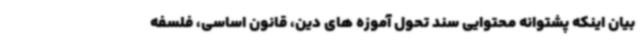
بیان اینکه پشتوانه محتوایی سند تحول آموزه های دین، قانون اساسی، فلسفه